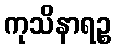
ကုသိနာရဉ္စ